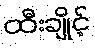
ထီးချိုင့်